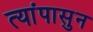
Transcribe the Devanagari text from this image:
त्यांपासुन